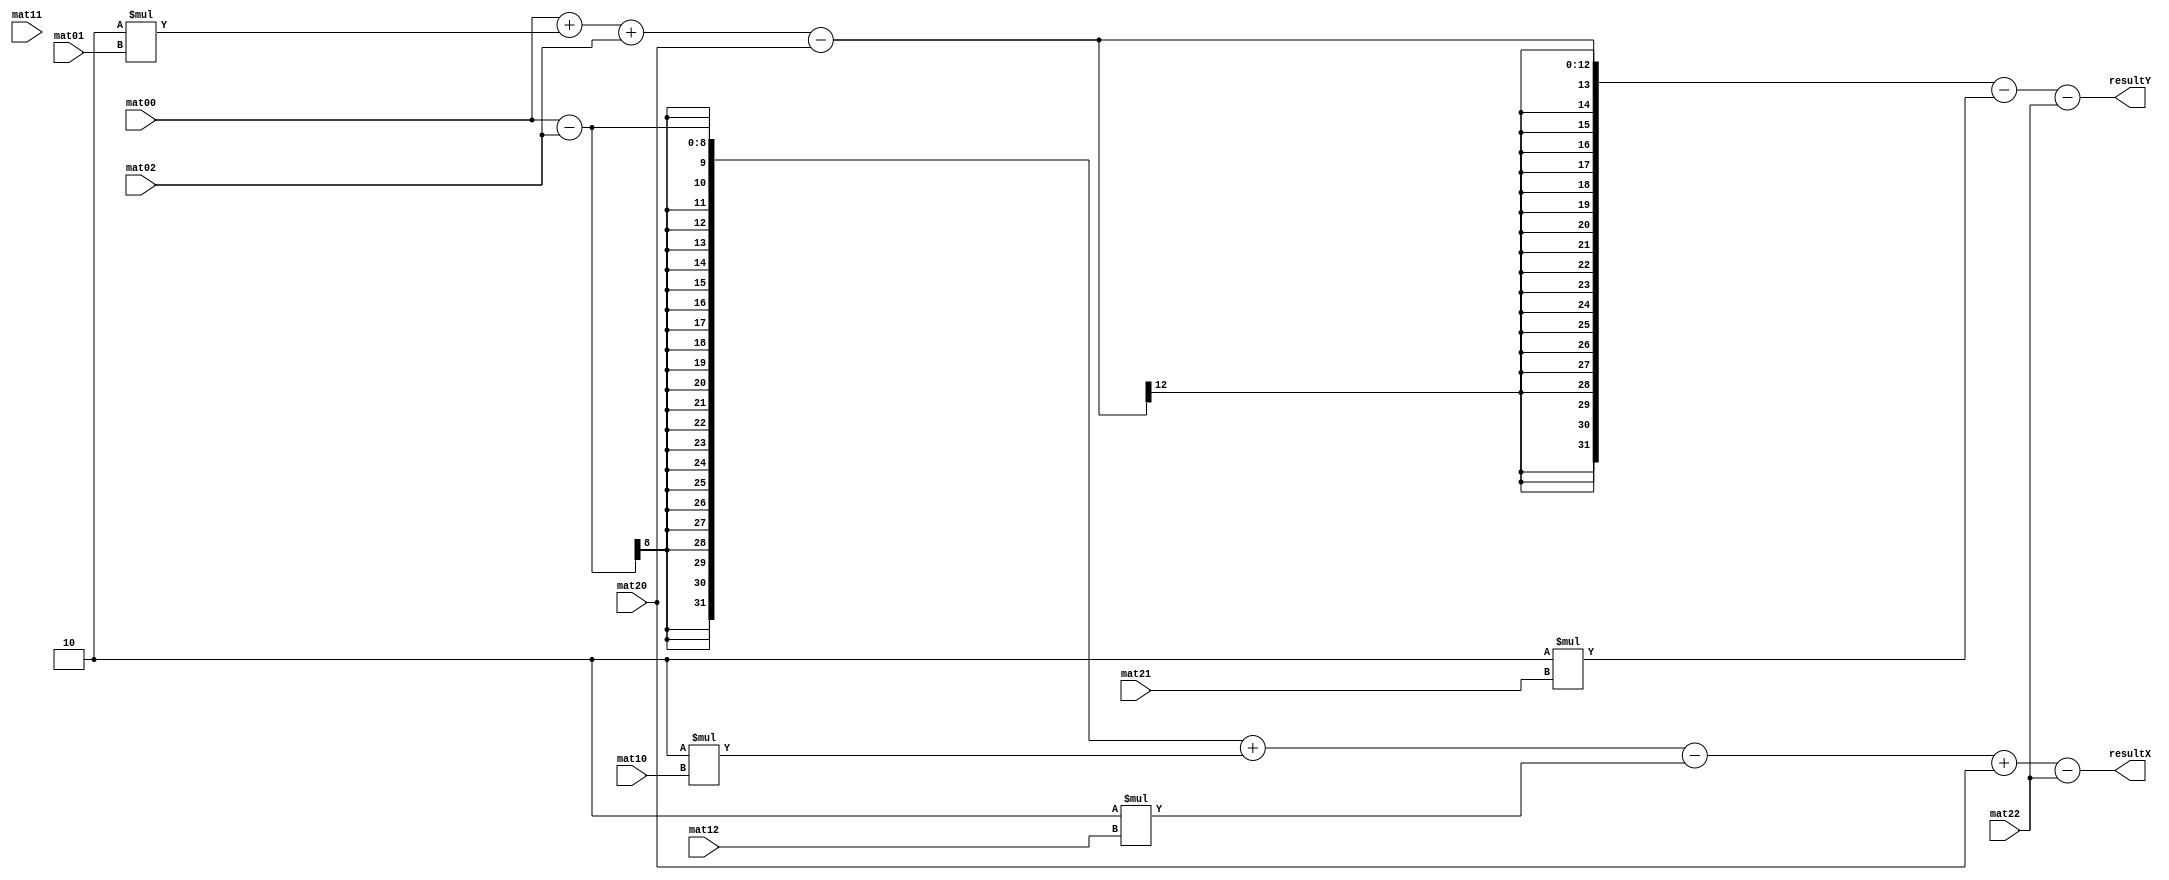
`timescale 1ns / 1ps
module Multiplier(mat00,mat01,mat02,mat10,mat11,mat12,mat20,mat21,mat22,resultX , resultY);
parameter len = 8;
input [len-1:0] mat00,mat01,mat02,mat10,mat11,mat12,mat20,mat21,mat22;
output [31:0] resultX ,  resultY;

assign resultX = mat00 - mat02 + 2*mat10
			 - 2 * mat12 + mat20-mat22;

assign resultY = mat00 + 2*mat01+mat02
				 -mat20 - 2*mat21 - mat22;
				 
endmodule